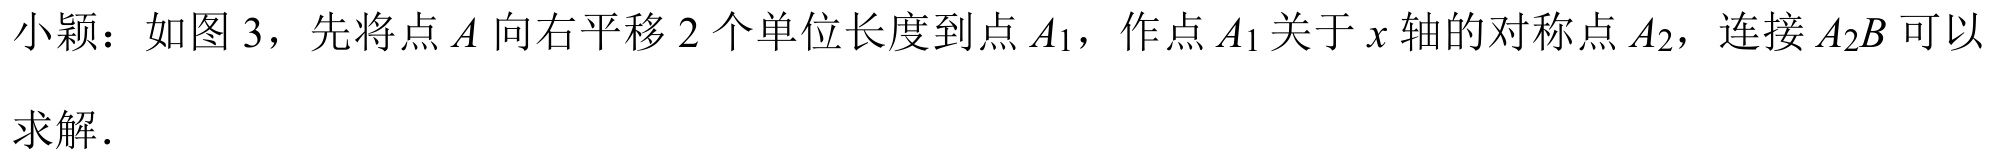
小颖：如图 3，先将点 \(A\) 向右平移 \(2\) 个单位长度到点 \(A_{1}\)，作点 \(A_{1}\) 关于 \(x\) 轴的对称点 \(A_{2}\)，连接 \(A_{2}B\) 可以求解．